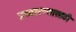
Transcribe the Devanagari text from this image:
उच्चारण्यासाठी